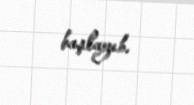
başlayıb.